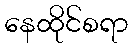
နေထိုင်စရာ